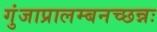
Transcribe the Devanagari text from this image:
गुंजाप्रालम्बनच्छन्नः